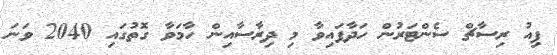
ޕިއު ރިސާޗް ސެންޓަރުން ހަދާފައިވާ މި ދިރާސާއިން ހާމަވާ ގޮތުގައި 2040 ވަނަ